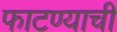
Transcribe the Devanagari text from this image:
फाटण्याची